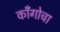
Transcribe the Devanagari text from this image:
कॉँगोचा